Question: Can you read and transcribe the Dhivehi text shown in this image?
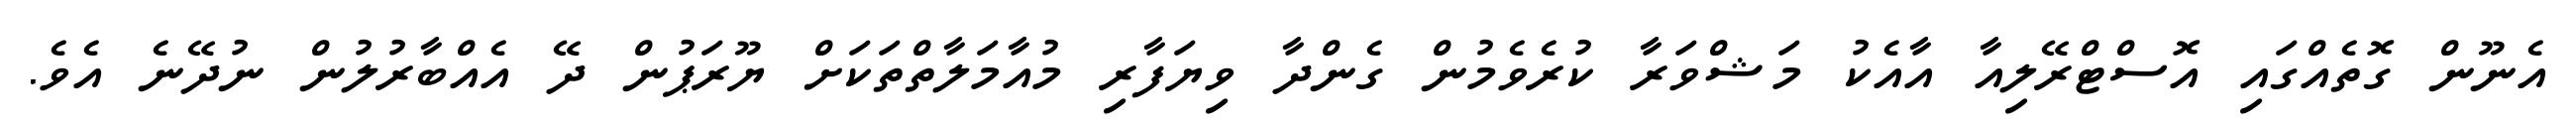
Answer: އެނޫން ގޮތެއްގައި އޮސްޓްރޭލިއާ އާއެކު މަޝްވަރާ ކުރެވެމުން ގެންދާ ވިޔަފާރި މުއާމަލާތްތަކަށް ޔޫރަޕުން ދޭ އެއްބާރުލުން ނުދޭނެ އެވެ.